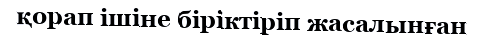
қорап ішіне біріктіріп жасалынған